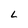
Character: L